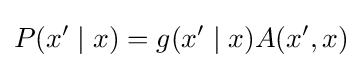
P(x'\mid x)=g(x'\mid x)A(x',x)